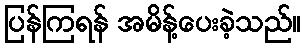
ပြန်ကြရန် အမိန့်ပေးခဲ့သည်။